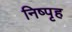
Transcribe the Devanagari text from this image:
निष्पृह